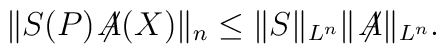
\|S(P) \! \not\!\! A(X)\|_n \le \|S\|_{L^n}\|\! \not\!\! A\|_{L^n}.